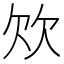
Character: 𣢐